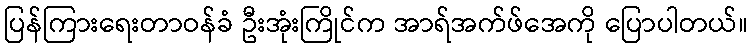
ပြန်ကြားရေးတာဝန်ခံ ဦးအုံးကြိုင်က အာရ်အက်ဖ်အေကို ပြောပါတယ်။